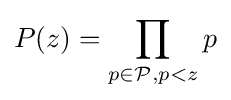
P(z)=\prod \limits _{p\in {\mathcal {P}},p<z}p